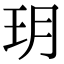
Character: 玥